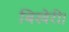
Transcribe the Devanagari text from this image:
बिखेरी।